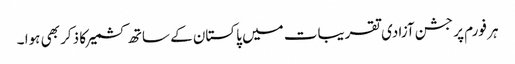
ہر فورم پر جشن آزادی تقریبات میں پاکستان کے ساتھ کشمیر کا ذکر بھی ہوا ۔